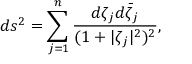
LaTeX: d s ^ { 2 } = \sum _ { j = 1 } ^ { n } \frac { d \zeta _ { j } d \bar { \zeta } _ { j } } { ( 1 + | \zeta _ { j } | ^ { 2 } ) ^ { 2 } } ,